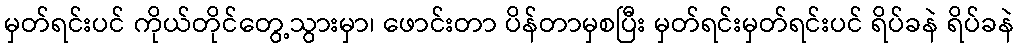
မှတ်ရင်းပင် ကိုယ်တိုင်တွေ့သွားမှာ၊ ဖောင်းတာ ပိန်တာမှစပြီး မှတ်ရင်းမှတ်ရင်းပင် ရိပ်ခနဲ ရိပ်ခနဲ